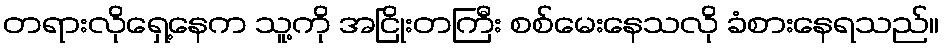
တရားလိုရှေ့နေက သူ့ကို အငြိုးတကြီး စစ်မေးနေသလို ခံစားနေရသည်။